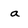
Character: a